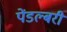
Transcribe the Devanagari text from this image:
पेंडल्बरी